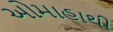
ઓમાહાથી